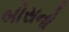
બોસનો